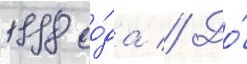
1998 го́да // До́